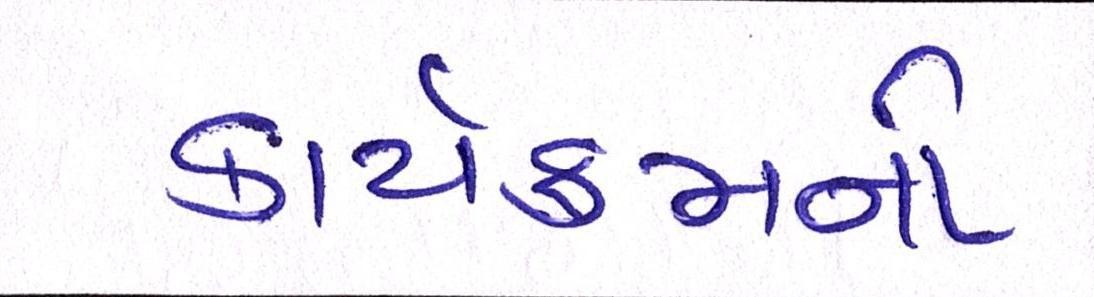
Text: કાર્યક્રમનો